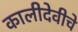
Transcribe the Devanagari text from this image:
कालीदेवीचे